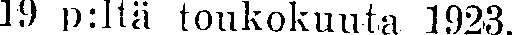
19 p:ltä toukokuuta 1923.